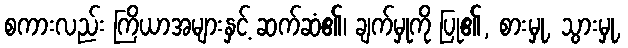
စကားလည်း ကြိယာအများနှင့် ဆက်ဆံ၏၊ ချက်မှုကို ပြု၏, စားမှု, သွားမှု,